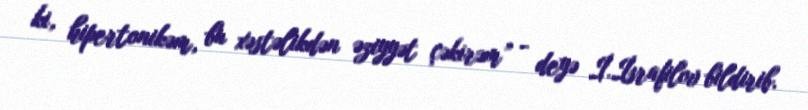
ki, hipertonikəm, bu xəstəlikdən əziyyət çəkirəm” - deyə İ.İsrafilov bildirib.